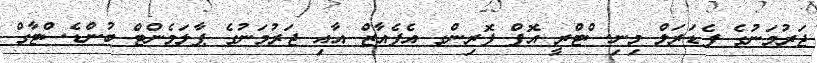
ޖަރުމަނުގެ ފެޑަރަލް މިނިސްޓްރީ އޮފް ފޮރިންގ އެފެއާޒް އާއި ޖަރުމަނުގެ ޕާލަމެންޓް ބުންޑެސްޓާގް